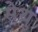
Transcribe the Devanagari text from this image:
सेथु